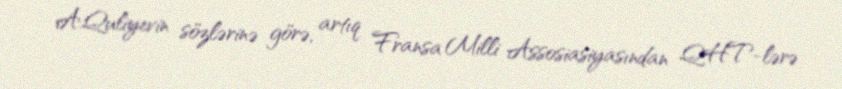
A.Quliyevin sözlərinə görə, artıq Fransa Milli Assosiasiyasından QHT-lərə